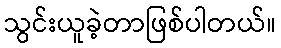
သွင်းယူခဲ့တာဖြစ်ပါတယ်။